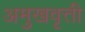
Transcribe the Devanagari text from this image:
अमुखवृत्ती